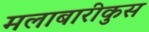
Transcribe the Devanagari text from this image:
मलाबारीकुस